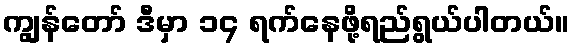
ကျွန်တော် ဒီမှာ ၁၄ ရက်နေဖို့ရည်ရွယ်ပါတယ်။